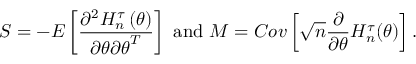
\boldsymbol { S } = - E \left[ \frac { \partial ^ { 2 } H _ { n } ^ { \tau } \left( \boldsymbol { \theta } \right) } { \partial \boldsymbol { \theta \partial \theta } ^ { T } } \right] \mathrm { ~ a n d ~ } \boldsymbol { M } = C o v \left[ \sqrt { n } \frac { \partial } { \partial \boldsymbol { \theta } } H _ { n } ^ { \tau } ( \boldsymbol { \theta } ) \right] .